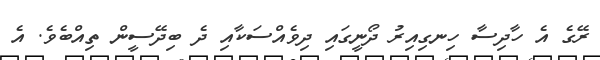
ރޭގެ އެ ހާދިސާ ހިނގިއިރު ދޯނީގައި ދިވެއްސަކާއި ދެ ބިދޭސީން ތިއްބެވެ. އެ